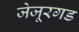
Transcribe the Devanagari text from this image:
जेजूरगड